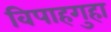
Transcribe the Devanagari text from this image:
विपाहगुहा